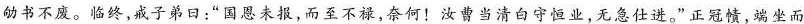
劬书不废。临终，戒子弟日：”国恩未报，而至\underset{·}{不}\underset{·}{禄}，奈何！汝曹当清白守恒业，无急仕进。”正冠帻，端坐而